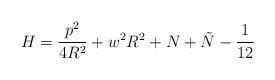
LaTeX: \begin{align*}H=\frac{p^{2}}{4R^{2}}+w^{2}R^{2}+N+\tilde{N}-\frac{1}{12}\end{align*}